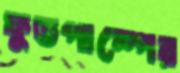
ফুডপাম্পের